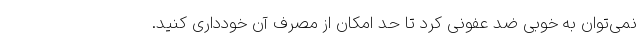
نمی‌توان به خوبی ضد عفونی کرد تا حد امکان از مصرف آن خودداری کنید.